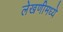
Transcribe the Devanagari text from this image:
लेखणीमध्ये